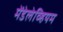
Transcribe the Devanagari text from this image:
मेंडेलेव्हियम